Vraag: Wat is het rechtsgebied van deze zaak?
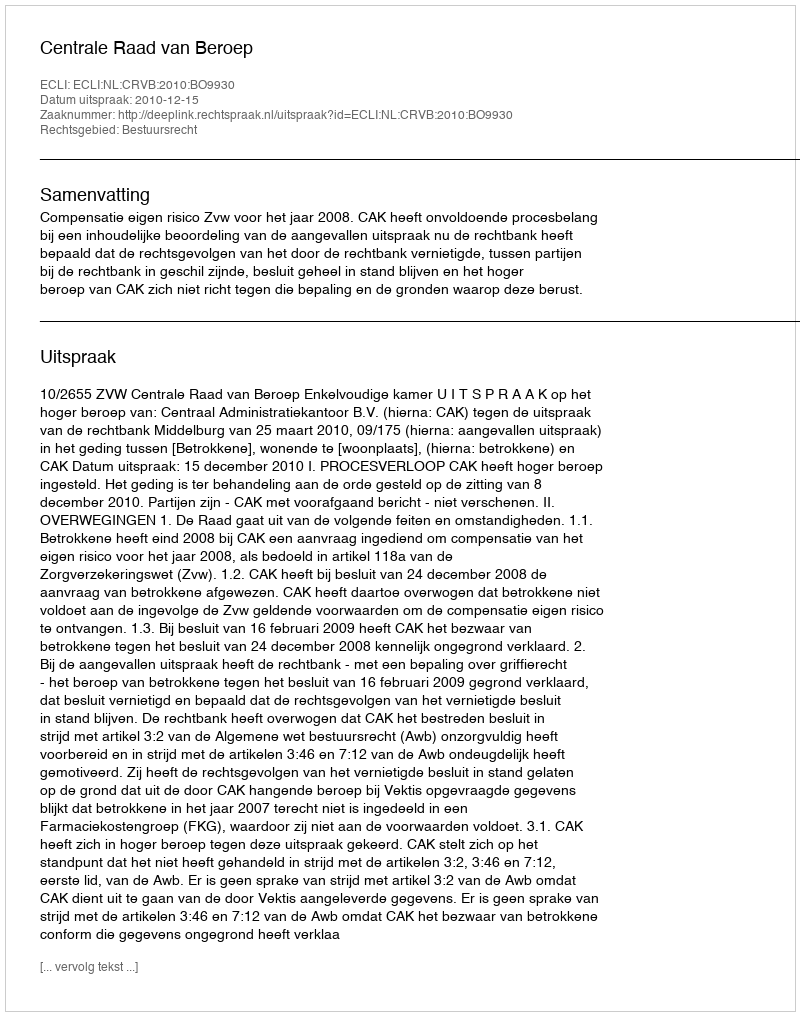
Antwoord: Bestuursrecht